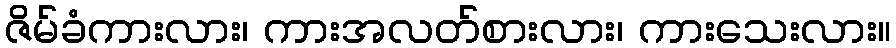
ဇိမ်ခံကားလား၊ ကားအလတ်စားလား၊ ကားသေးလား။